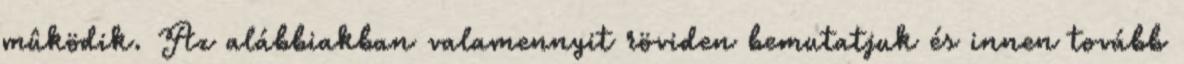
mûködik. Az alábbiakban valamennyit röviden bemutatjuk és innen tovább